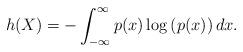
LaTeX: \begin{align*} h(X)=-\int_{-\infty}^{\infty}p(x)\log\left(p(x)\right)dx.\end{align*}